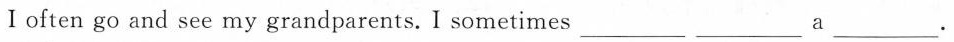
Ⅰoften go and seemy grandparents.I sometimesa______ ______ a______.